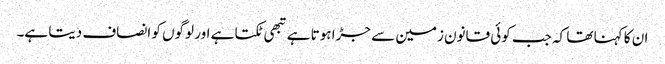
ان کا کہنا تھا کہ جب کوئی قانون زمین سے جڑا ہوتا ہے تبھی ٹکتا ہے اور لوگوں کو انصاف دیتا ہے۔